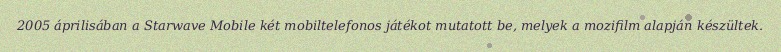
2005 áprilisában a Starwave Mobile két mobiltelefonos játékot mutatott be, melyek a mozifilm alapján készültek.